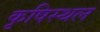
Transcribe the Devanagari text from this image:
कृषिस्थल